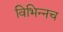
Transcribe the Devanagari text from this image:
विभिन्नच